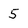
Character: 5